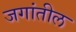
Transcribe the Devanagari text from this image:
जगांतील